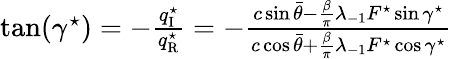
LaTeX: \begin{array}{r}{\tan(\gamma^{\star})=-\frac{q_{\mathrm{{I}}}^{\star}}{q_{\mathrm{{R}}}^{\star}}=-\frac{c\sin\bar{\theta}-{\frac{\beta}{\pi}}\lambda_{\mathrm{-}1}F^{\star}\sin\gamma^{\star}}{c\cos\bar{\theta}+{\frac{\beta}{\pi}}\lambda_{\mathrm{-}1}F^{\star}\cos\gamma^{\star}}}\end{array}